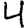
Digit: 4